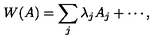
W ( A ) = \sum _ { j } \lambda _ { j } A _ { j } + \cdots ,